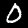
Digit: 0